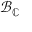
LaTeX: { \mathcal { B } } _ { \mathbb { C } }